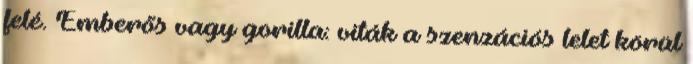
felé. Emberős vagy gorilla: viták a szenzációs lelet körül